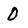
Character: 0